General report no. 6 on the lunatic asylums, vaccination and dispensaries in the Bengal Presidency, 1873 -
Year: 1873
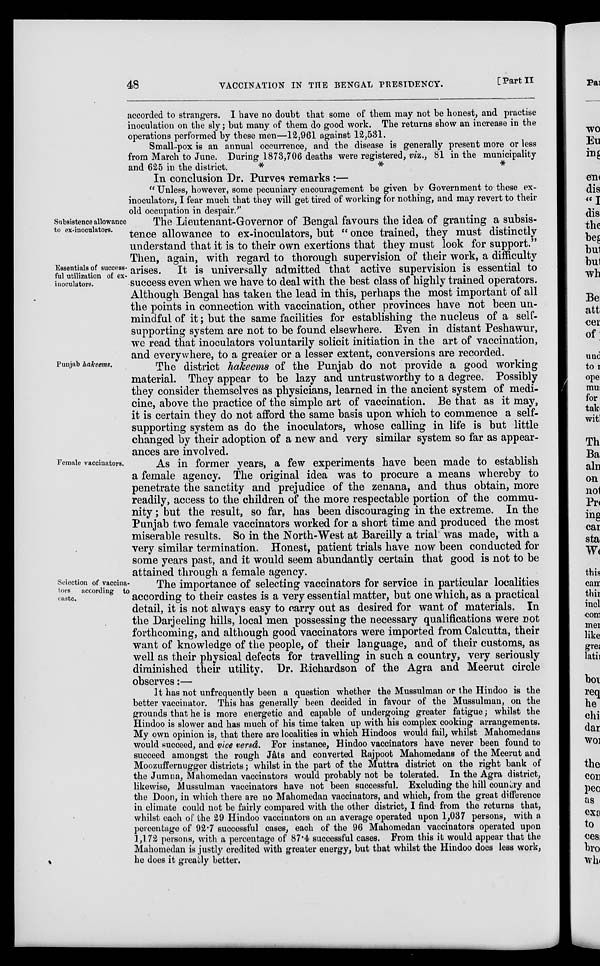
48
VACCINATION IN THE BENGAL PRESIDENCY.
[Part II
accorded to strangers. I have no doubt that some of them may not be honest, and practise
inoculation on the sly; but many of them do good work. The returns show an increase in the
operations performed by these men—12,961 against 12,531.
Small-pox is an annual occurrence, and the disease is generally present more or less
from March to June. During 1873,706 deaths were registered, viz., 81 in the municipality
and 625 in the district.
*
*
*
In conclusion Dr. Purves remarks :—
" Unless, however, some pecuniary encouragement be given by Government to these ex-
inoculators, I fear much that they will get tired of working for nothing, and may revert to their
old occupation in despair."
Subsistence allowance
to ex-inoculators.
The Lieutenant-Governor of Bengal favours the idea of granting a subsis-
tence allowance to ex-inoculators, but " once trained, they must distinctly
understand that it is to their own exertions that they must look for support."
Essentials of success-
ful utilization of ex-
inoculators.
Then, again, with regard to thorough supervision of their work, a difficulty
arises. It is universally admitted that active supervision is essential to
success even when we have to deal with the best class of highly trained operators.
Although Bengal has taken the lead in this, perhaps the most important of all
the points in connection with vaccination, other provinces have not been un-
mindful of it; but the same facilities for establishing the nucleus of a self-
supporting system are not to be found elsewhere. Even in distant Peshawur,
we read that inoculators voluntarily solicit initiation in the art of vaccination,
and everywhere, to a greater or a lesser extent, conversions are recorded.
Punjab hakeems.
The district hakeems of the Punjab do not provide a good working
material. They appear to be lazy and untrustworthy to a degree. Possibly
they consider themselves as physicians, learned in the ancient system of medi-
cine, above the practice of the simple art of vaccination. Be that as it may,
it is certain they do not afford the same basis upon which to commence a self-
supporting system as do the inoculators, whose calling in life is but little
changed by their adoption of a new and very similar system so far as appear-
ances are involved.
Female vaccinators.
As in former years, a few experiments have been made to establish
a female agency. The original idea was to procure a means whereby to
penetrate the sanctity and prejudice of the zenana, and thus obtain, more
readily, access to the children of the more respectable portion of the commu-
nity ; but the result, so far, has been discouraging in the extreme. In the
Punjab two female vaccinators worked for a short time and produced the most
miserable results. So in the North-West at Bareilly a trial was made, with a
very similar termination. Honest, patient trials have now been conducted for
some years past, and it would seem abundantly certain that good is not to be
attained through a female agency.
Selection of vaccina-
tors according to
caste.
The importance of selecting vaccinators for service in particular localities
according to their castes is a very essential matter, but one which, as a practical
detail, it is not always easy to carry out as desired for want of materials. In
the Darjeeling hills, local men possessing the necessary qualifications were not
forthcoming, and although good vaccinators were imported from Calcutta, their
want of knowledge of the people, of their language, and of their customs, as
well as their physical defects for travelling in such a country, very seriously
diminished their utility. Dr. Richardson of the Agra and Meerut circle
observes:—
It has not unfrequently been a question whether the Mussulman or the Hindoo is the
better vaccinator. This has generally been decided in favour of the Mussulman, on the
grounds that he is more energetic and capable of undergoing greater fatigue; whilst the
Hindoo is slower and has much of his time taken up with his complex cooking arrangements.
My own opinion is, that there are localities in which Hindoos would fail, whilst Mahomedans
would succeed, and vice versâ. For instance, Hindoo vaccinators have never been found to
succeed amongst the rough Jâts and converted Rajpoot Mahomedans of the Meerut and
Moozuffernugger districts; whilst in the part of the Muttra district on the right bank of
the Jumna, Mahomedan vaccinators would probably not be tolerated. In the Agra district,
likewise, Mussulman vaccinators have not been successful. Excluding the hill country and
the Doon, in which there are no Mahomedan vaccinators, and which, from the great difference
in climate could not be fairly compared with the other district, I find from the returns that,
whilst each of the 29 Hindoo vaccinators on an average operated upon 1,037 persons, with a
percentage of 92.7 successful cases, each of the 96 Mahomedan vaccinators operated upon
1,172 persons, with a percentage of 87.4 successful cases. From this it would appear that the
Mahomedan is justly credited with greater energy, but that whilst the Hindoo does less work,
he does it greatly better.